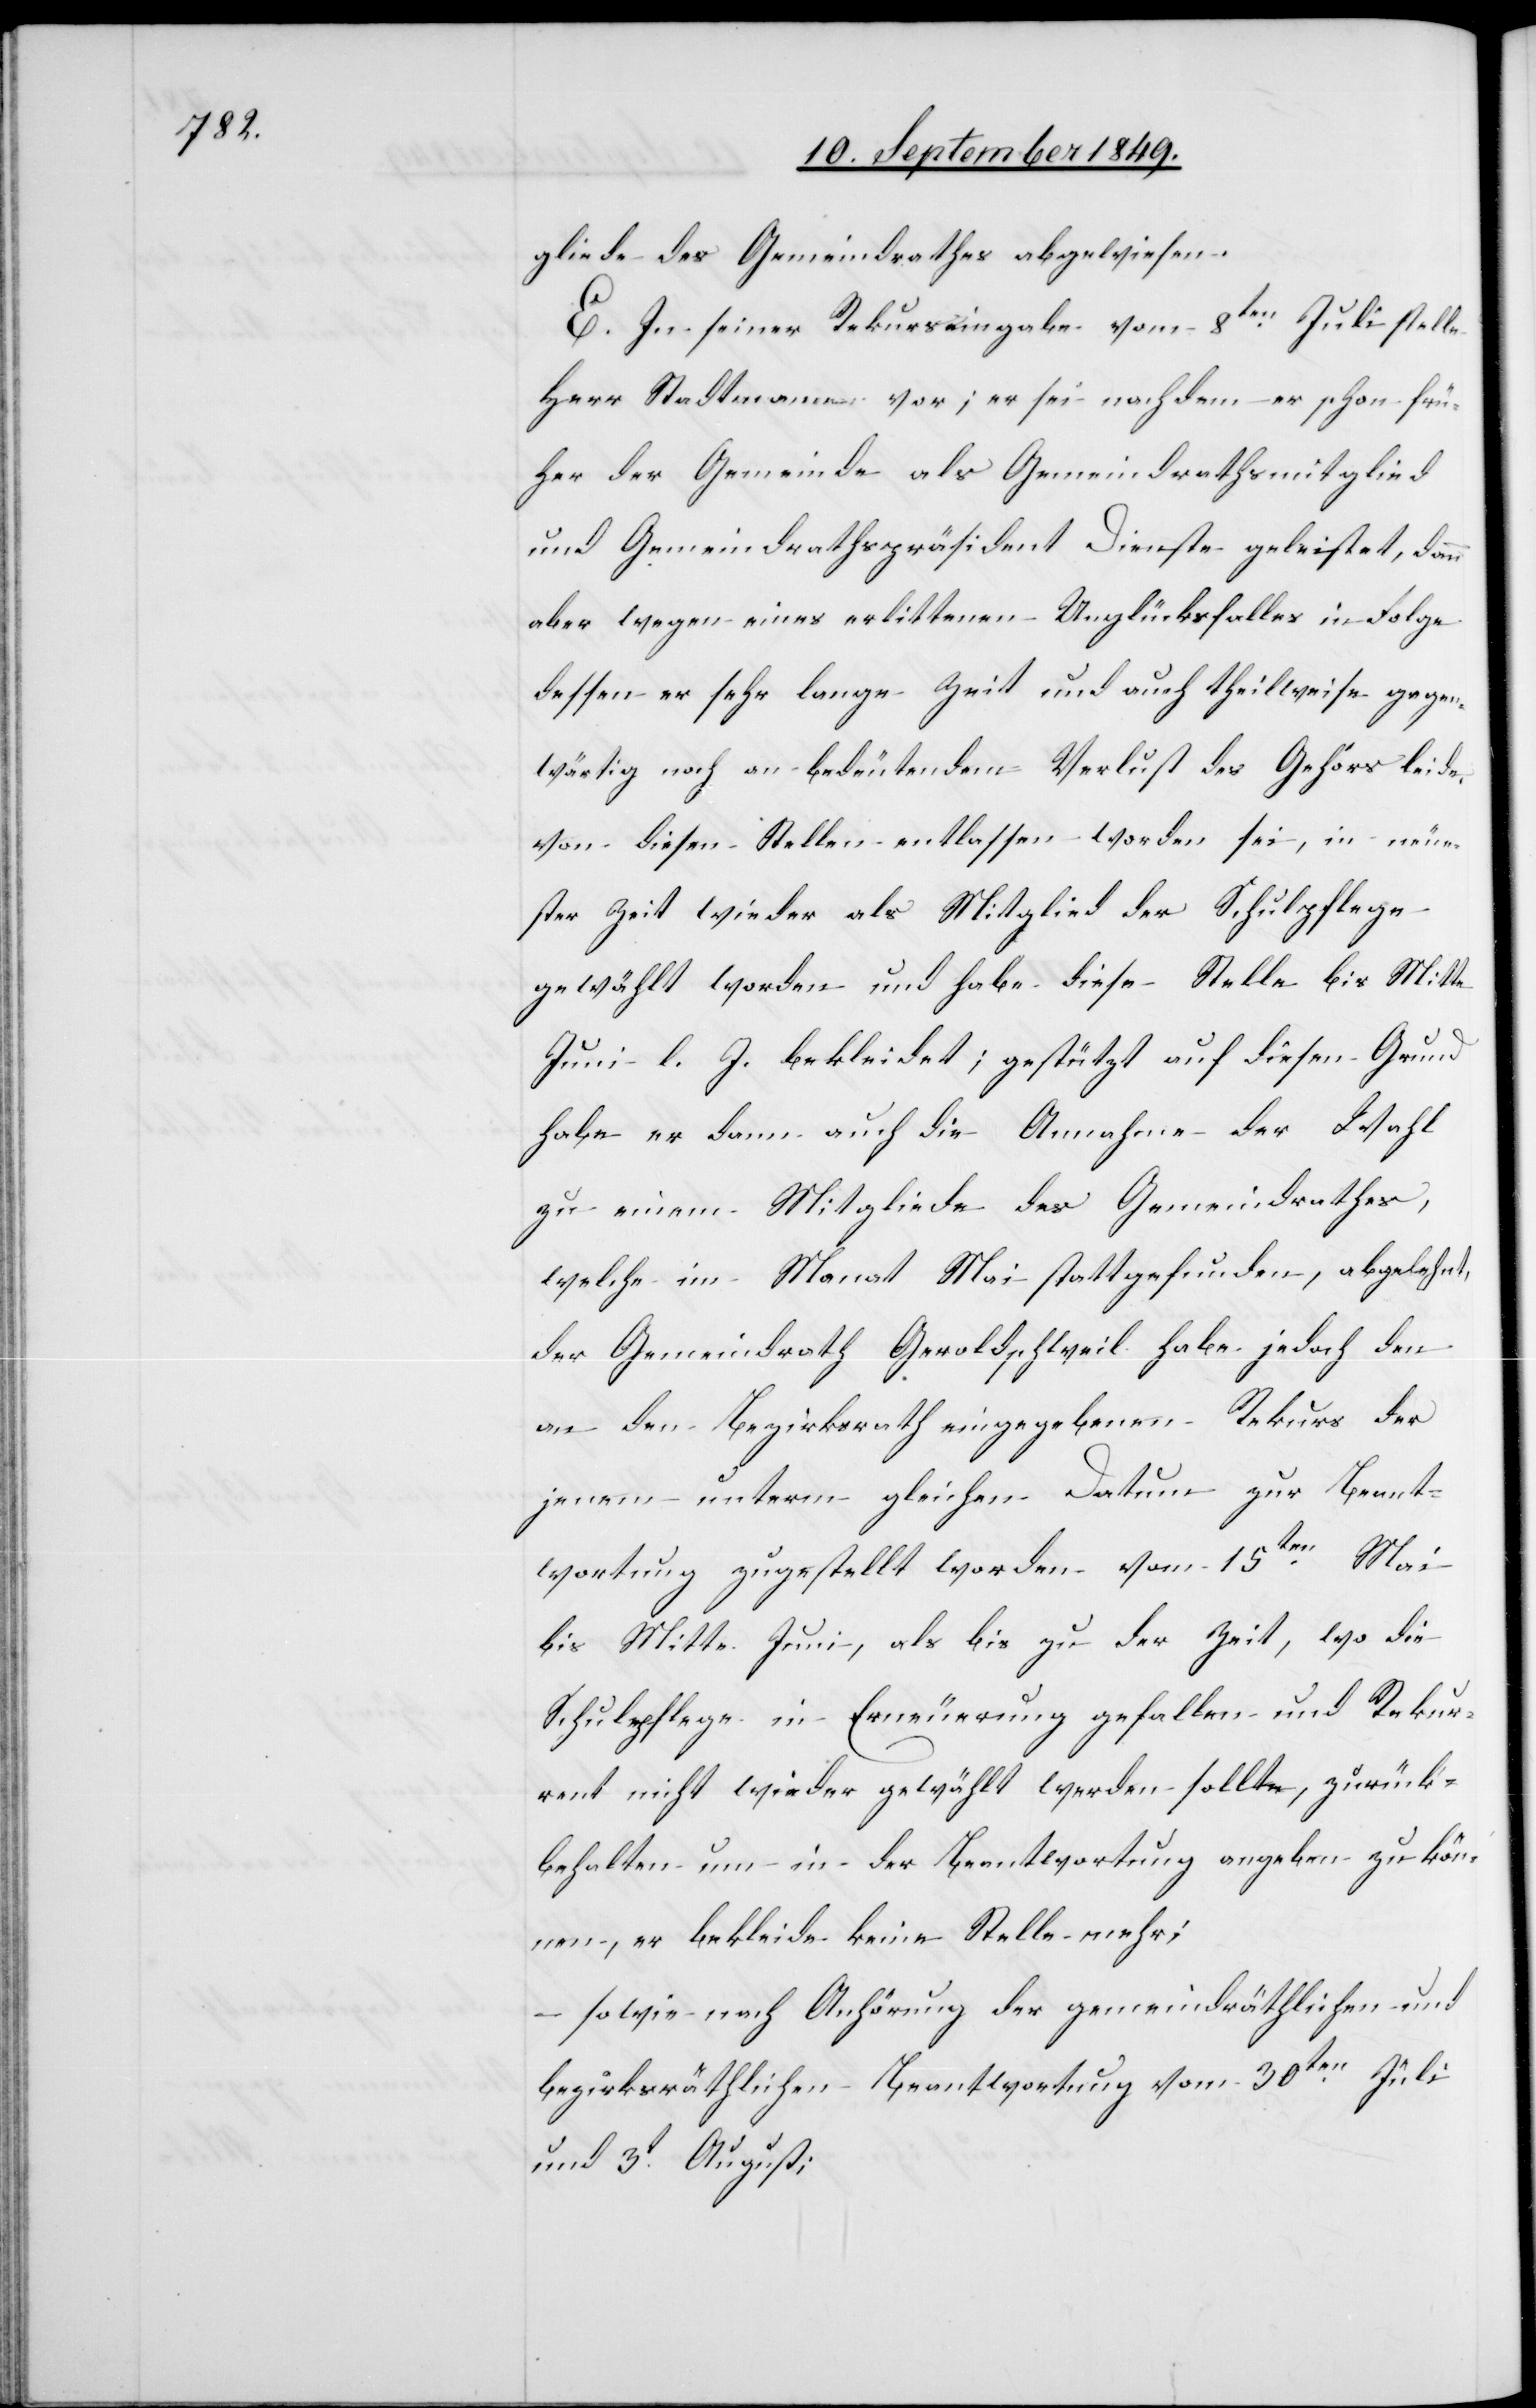
gliede des Gemeindrathes abgewiesen.
E. In seiner Rekurseingabe vom 8ten Juli stelle
Herr Stadtmann vor; er sei nachdem er schon frü¬
her der Gemeinde als Gemeindrathsmitglied
und Gemeindrathspräsident Dienste geleistet, dann
aber wegen eines erlittenen Unglücksfalles in Folge
dessen er sehr lange Zeit und auch theilweise gegen¬
wärtig noch an bedeutendem Verlust des Gehörs leide,
von diesen Stellen entlassen worden sei, in neue¬
ster Zeit wieder als Mitglied der Schulpflege
gewählt worden und habe diese Stelle bis Mitte
Juni l. J. bekleidet; gestützt auf diesen Grund
habe er dann auch die Annahme der Wahl
zu einem Mitgliede des Gemeindrathes,
welche im Monat Mai stattgefunden, abgelehnt,
der Gemeindrath Geroldschweil habe jedoch den
an den Bezirksrath eingegebenen Rekurs der
jenem unterm gleichen Datum zur Beant¬
wortung zugestellt worden vom 15ten Mai
bis Mitte Juni, als bis zu der Zeit, wo die
Schulpflege in Erneuerung gefallen und Rekur¬
rent nicht wieder gewählt werden sollte, zurück¬
behalten um in der Beantwortung angeben zu kön¬
nen, er bekleide keine Stelle mehr;
– sowie nach Anhörung der gemeindräthlichen und
bezirksräthlichen Beantwortung vom 30ten Juli
und 3t August;